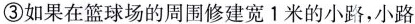
③如果在篮球场的周围修建宽1米的小路，小路